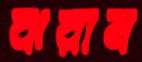
ঝরান